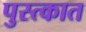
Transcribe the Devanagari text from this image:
पुस्त्कात